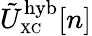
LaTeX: \tilde{U}_{\scriptscriptstyle\mathrm{XC}}^{\mathrm{hyb}}[n]